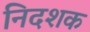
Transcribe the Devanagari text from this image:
निदशक